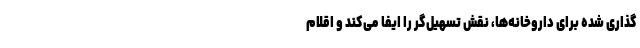
‌گذاری شده برای داروخانه‌ها، نقش تسهیل‌گر را ایفا می‌کند و اقلام